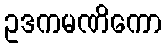
ဥဒကမဏိကော